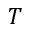
T